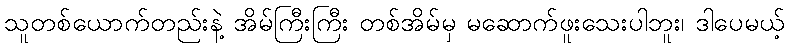
သူတစ်ယောက်တည်းနဲ့ အိမ်ကြီးကြီး တစ်အိမ်မှ မဆောက်ဖူးသေးပါဘူး၊ ဒါပေမယ့်